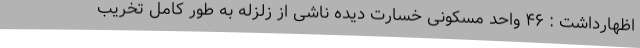
اظهارداشت : ۴۶ واحد مسکونی خسارت دیده ناشی از زلزله به طور کامل تخریب